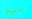
ميو